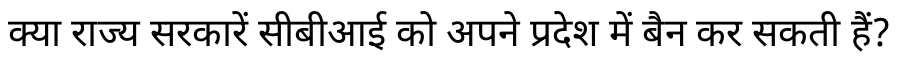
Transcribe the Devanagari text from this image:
क्या राज्य सरकारें सीबीआई को अपने प्रदेश में बैन कर सकती हैं?